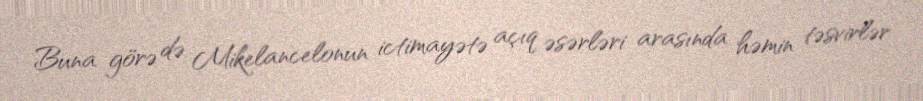
Buna görə də Mikelancelonun ictimayətə açıq əsərləri arasında həmin təsvirlər